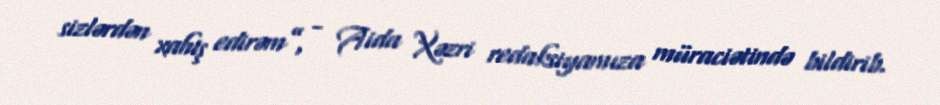
sizlərdən xahiş edirəm”, - Aida Xəzri redaksiyamıza müraciətində bildirib.